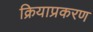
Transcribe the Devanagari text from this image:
क्रियाप्रकरण